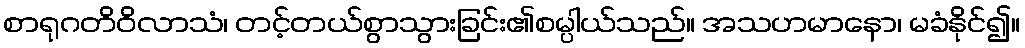
စာရုဂတိဝိလာသံ၊ တင့်တယ်စွာသွားခြင်း၏စမ္ပါယ်သည်။ အသဟမာနော၊ မခံနိုင်၍။